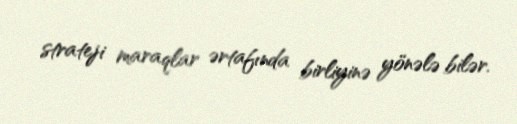
strateji maraqlar ərtafında birliyinə yönələ bilər.